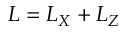
L = L _ { X } + L _ { Z }